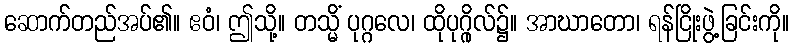
ဆောက်တည်အပ်၏။ ဧဝံ၊ ဤသို့။ တသ္မိံ ပုဂ္ဂလေ၊ ထိုပုဂ္ဂိုလ်၌။ အာဃာတော၊ ရန်ငြိုးဖွဲ့ခြင်းကို။